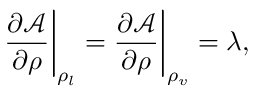
\frac { \partial \mathcal { A } } { \partial \rho } \bigg \vert _ { \rho _ { l } } = \frac { \partial \mathcal { A } } { \partial \rho } \bigg \vert _ { \rho _ { v } } = \lambda ,